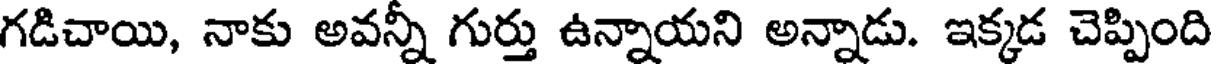
గడిచాయి, నాకు అవన్నీ గుర్తు ఉన్నాయని అన్నాడు. ఇక్కడ చెప్పింది